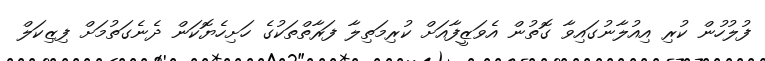
ފުލުހުން ކުރި އިއުލާނުގައިވާ ގޮތުން އެވަޒީފާއަށް ކުރިމަތިލާ ފަރާތްތަކުގެ ހަށިހެޔޮކަން ދެނެގަތުމަށް ފިޒިކަލް